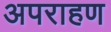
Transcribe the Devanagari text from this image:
अपराहण